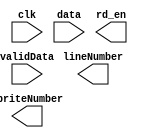
module spriter_prototype(clk, lineNumber, spriteNumber, validData, data, rd_en);

input clk;
input validData;
input [15:0] data;
output [3:0] lineNumber;
output [4:0] spriteNumber;
output rd_en;

endmodule